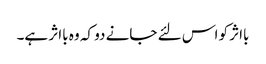
بااثر کو اس لئے جانے دو کہ وہ بااثر ہے۔